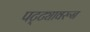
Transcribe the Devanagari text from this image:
पट्ट्यावरून